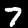
Label: 7